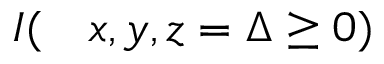
\begin{array} { r l } { I ( } & { { } x , y , z = \Delta \ge 0 ) } \end{array}